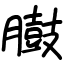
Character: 臌